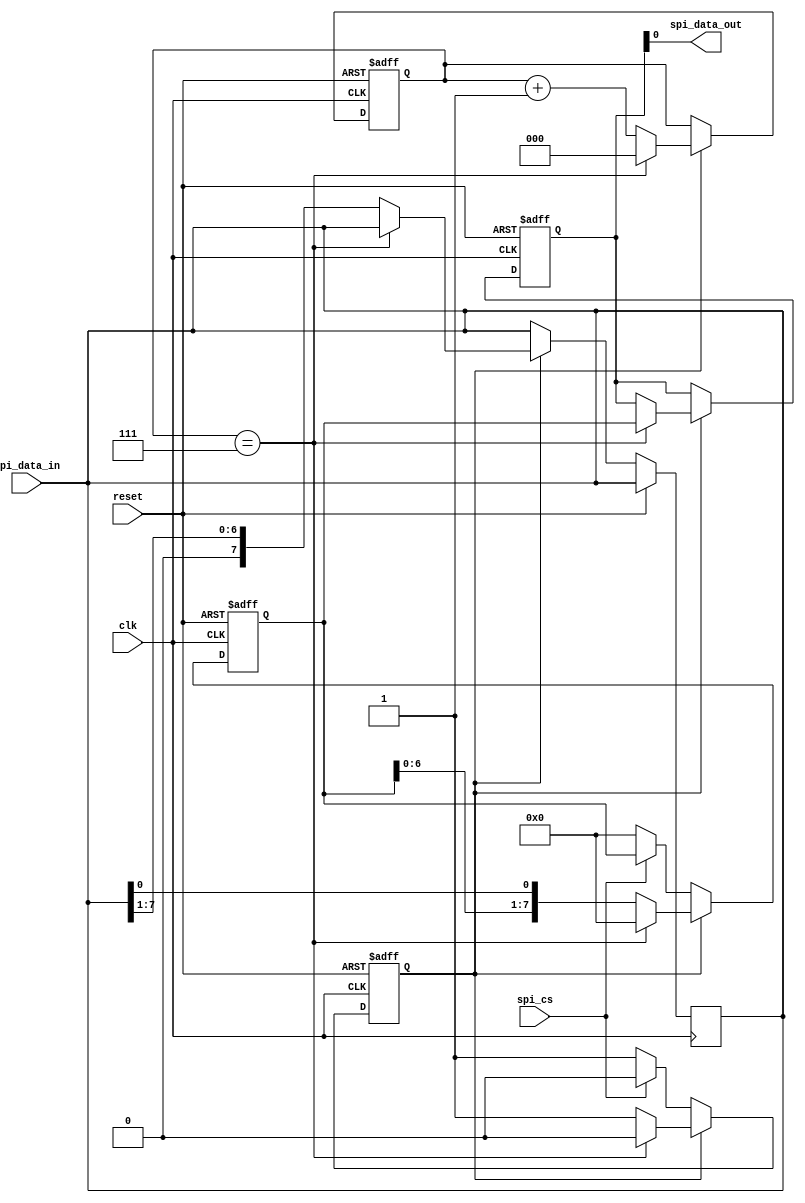
module spi_master (
    input wire clk,
    input wire reset,
    input wire spi_cs,
    input wire [7:0] spi_data_in,
    output wire spi_data_out
);

reg [7:0] r_spi_data_out;
reg [7:0] r_data_in;
reg [2:0] r_bit_counter;
reg r_shift_enable;

always @(posedge clk or posedge reset) begin
    if (reset) begin
        r_spi_data_out <= 8'h00;
        r_data_in <= 8'h00;
        r_bit_counter <= 3'b000;
        r_shift_enable <= 1'b0;
    end else begin
        if (r_shift_enable) begin
            if (r_bit_counter == 3'b111) begin
                r_spi_data_out <= r_data_in;
                r_data_in <= 8'h00;
                r_bit_counter <= 3'b000;
                r_shift_enable <= 1'b0;
            end else begin
                r_data_in <= {r_data_in[6:0], spi_data_in[0]};
                spi_data_in <= spi_data_in >> 1;
                r_bit_counter <= r_bit_counter + 1;
            end
        end else begin
            if (spi_cs == 1'b0) begin
                r_data_in <= 8'h00;
                r_shift_enable <= 1'b1;
            end
        end
    end
end

assign spi_data_out = r_spi_data_out;

endmodule